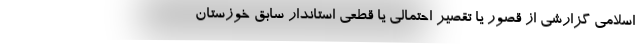
اسلامی گزارشی از قصور یا تقصیر احتمالی یا قطعی استاندار سابق خوزستان